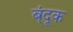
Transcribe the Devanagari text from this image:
ब्ंदूक